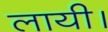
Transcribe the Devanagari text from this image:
लायी।